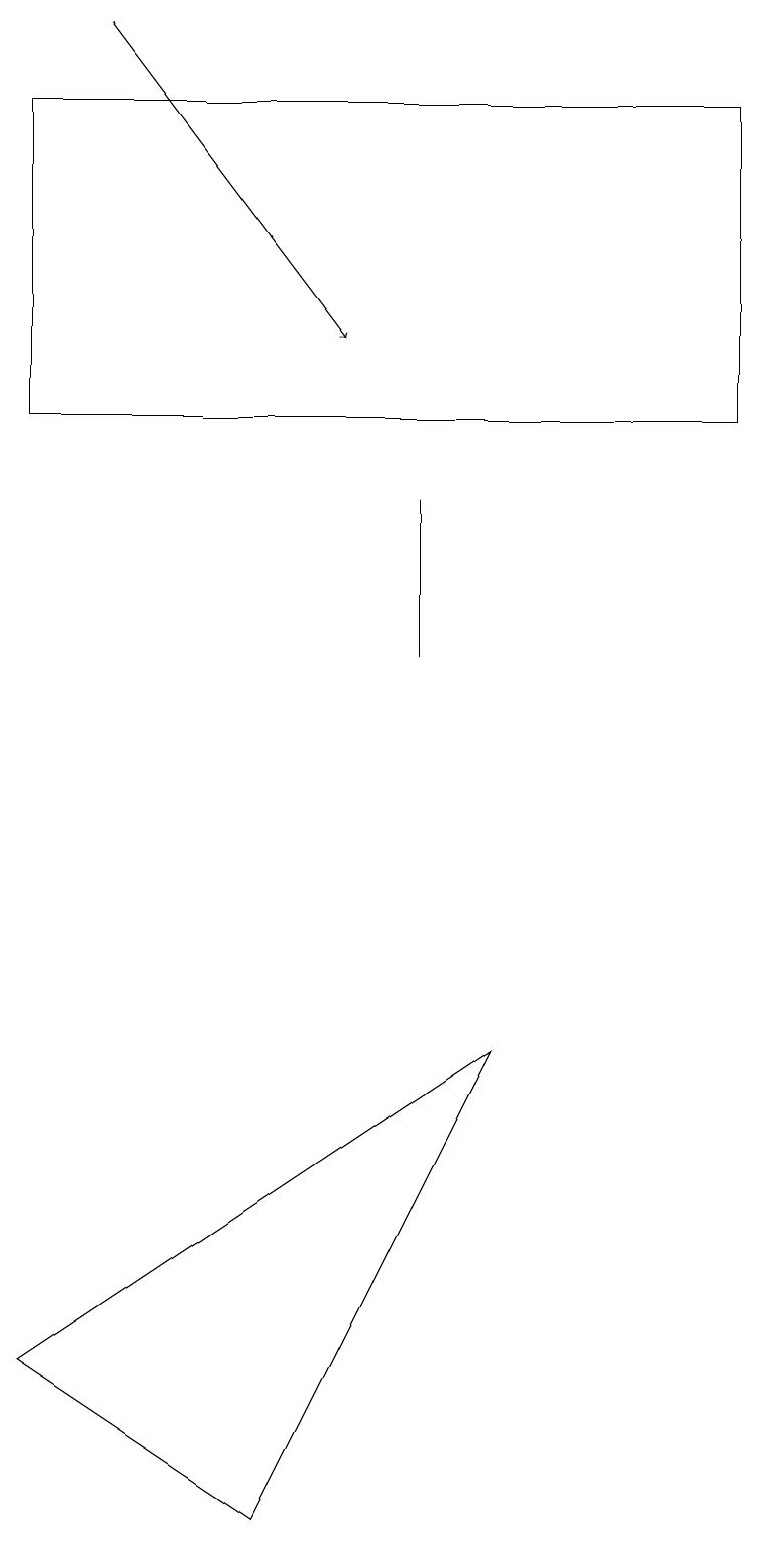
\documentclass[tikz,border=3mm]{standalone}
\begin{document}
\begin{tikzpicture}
\draw (0,17) rectangle (0,15);
\draw[->] (1,19) -- (4,15);
\draw (0,18) rectangle (9,14);
\draw (5,13) rectangle (5,11);
\draw (0,2) -- (3,0) -- (6,6) -- cycle;
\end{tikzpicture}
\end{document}